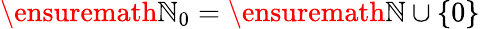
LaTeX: \ensuremath{\mathbb{N}}_{0}=\ensuremath{\mathbb{N}}\cup\{ 0\}